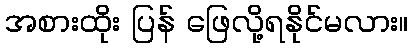
အစားထိုး ပြန် ဖြေလို့ရနိုင်မလား။